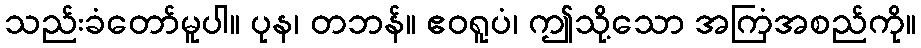
သည်းခံတော်မူပါ။ ပုန၊ တဘန်။ ဧဝရူပံ၊ ဤသို့သော အကြံအစည်ကို။